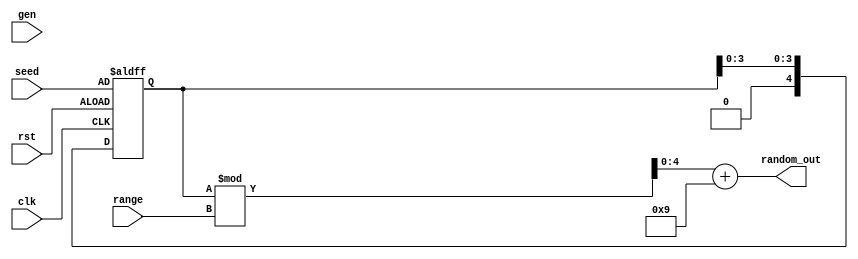
`define TAPS 5'b11111

module lfsr (
    input clk,
    input rst,
    output [4:0] random_out,
    input [4:0] range,
    input gen,
    input [4:0] seed
);
reg [4:0] lfsr;

always@(posedge clk or posedge rst) begin
    if (rst) begin
        lfsr <= seed;
    end
    else begin
        lfsr[0] <= lfsr[4] ^ (lfsr & `TAPS);
        lfsr <= {lfsr[3:1], lfsr[0]};
    end
end

assign random_out = (lfsr % (range)) + 9; 
endmodule